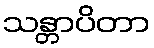
သန္တာပိတာ